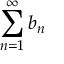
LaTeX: \sum _ { n = 1 } ^ { \infty } b _ { n }